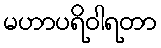
မဟာပရိဝါရတာ